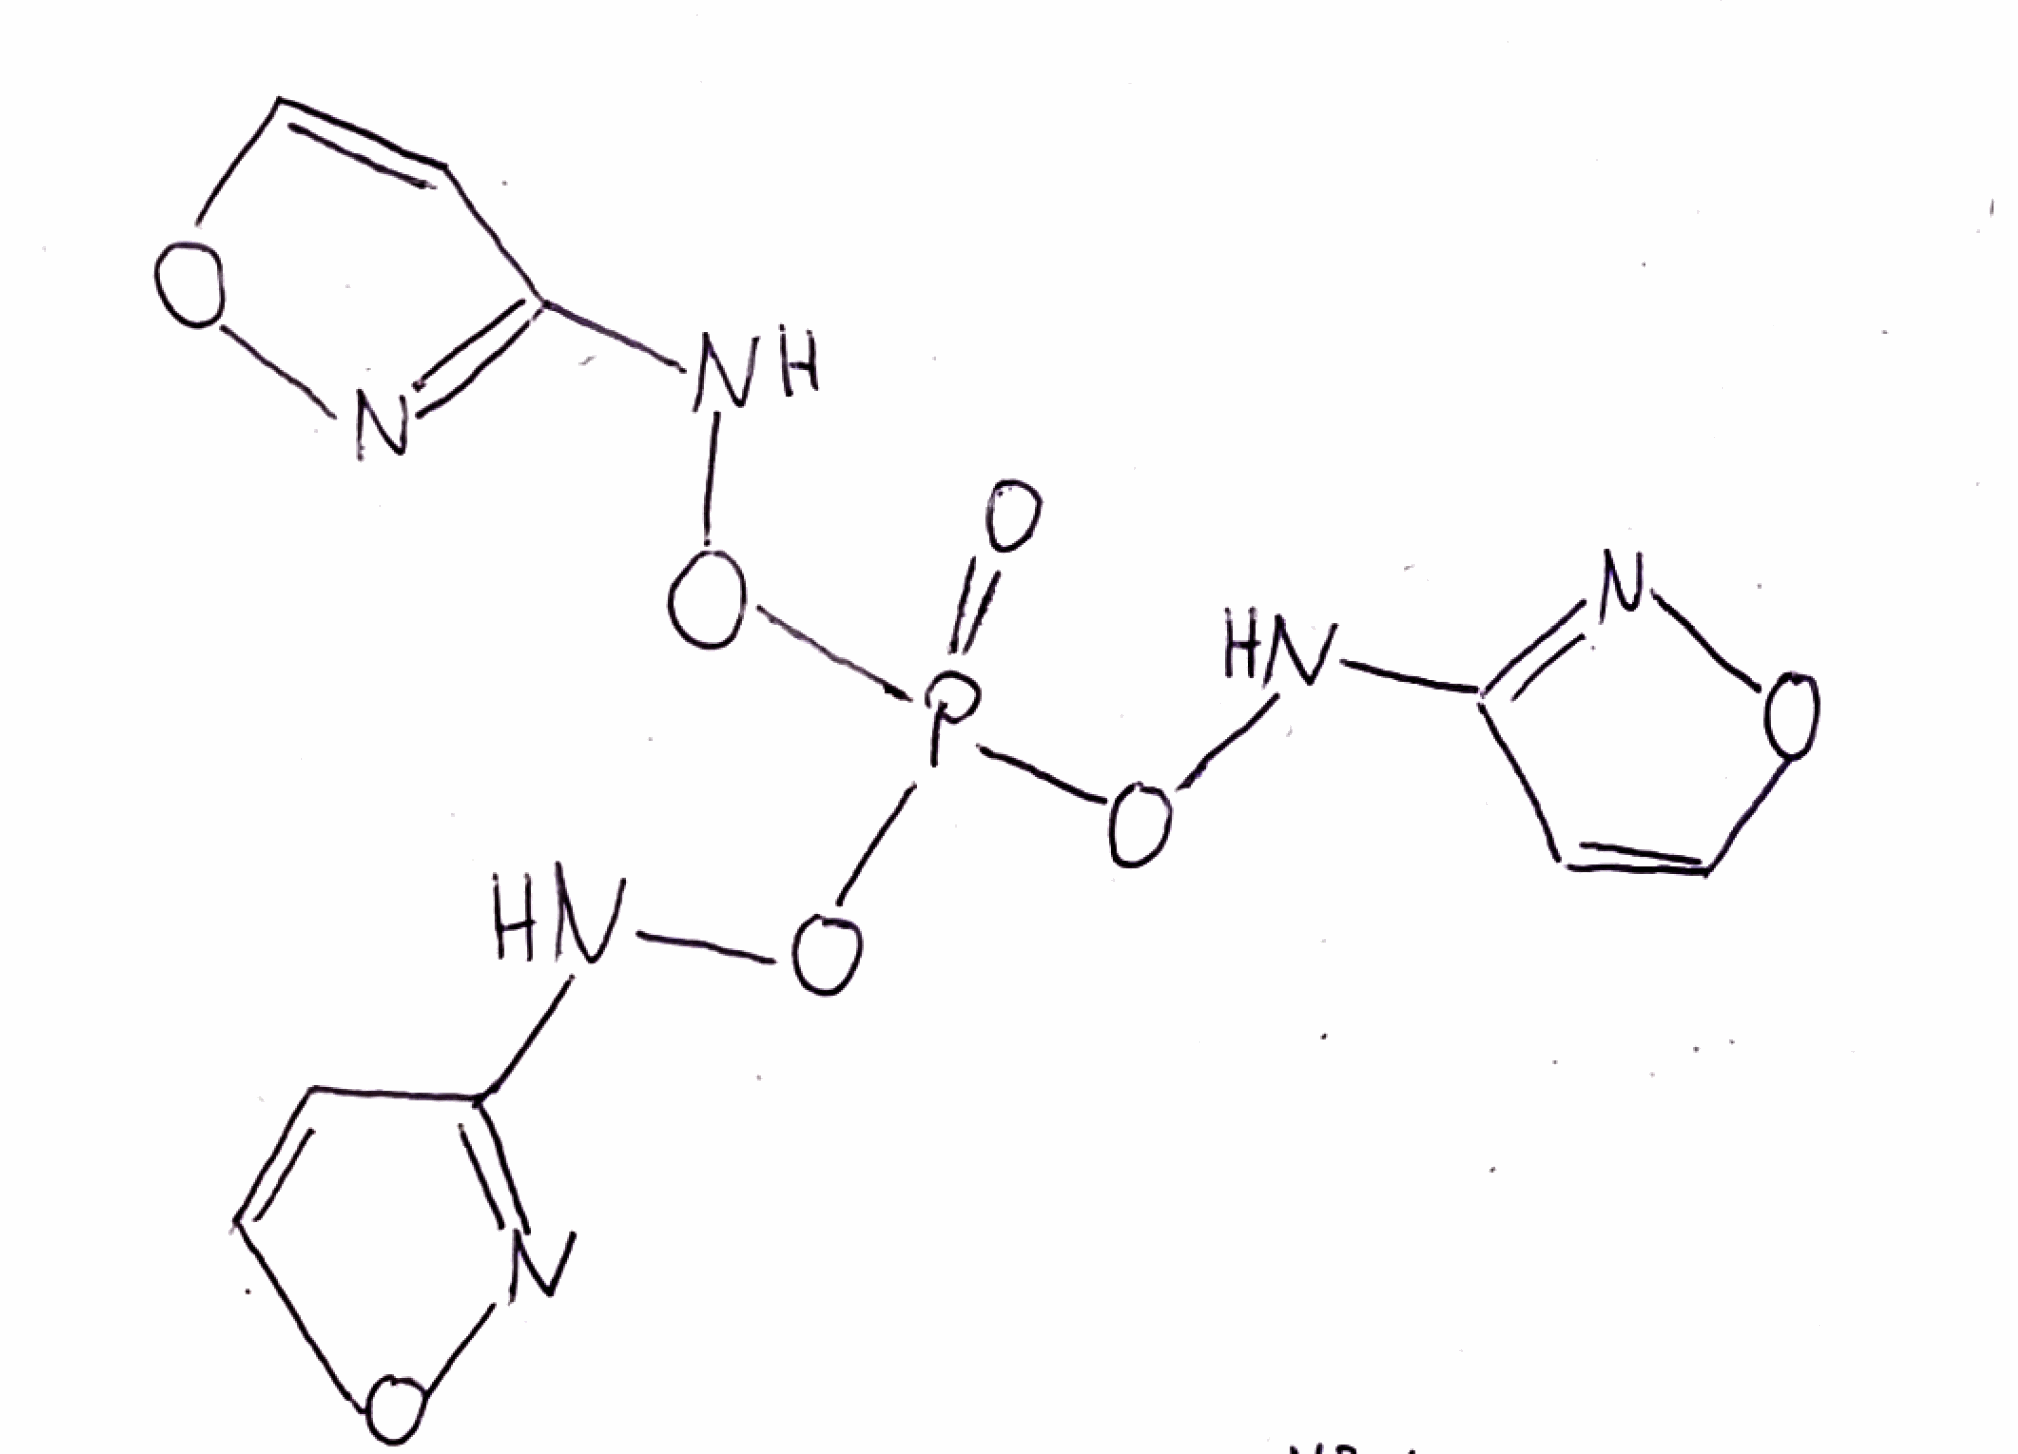
Simplified molecular-input line-entry system (SMILES) notation of the given molecule:
C1=CON=C1NOP(=O)(ONC2=NOC=C2)ONC3=NOC=C3